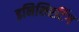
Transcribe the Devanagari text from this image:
इनिशिएटिंग